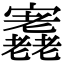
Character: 𡬁